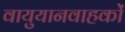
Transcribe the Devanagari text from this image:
वायुयानवाहकों